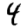
Digit: 4